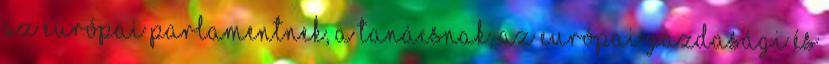
az Európai Parlamentnek, a Tanácsnak, az Európai Gazdasági és